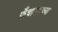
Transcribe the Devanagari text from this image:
फ्रँचाइजच्या